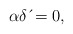
\begin{align*}\alpha \delta \,\acute{}=0, \end{align*}